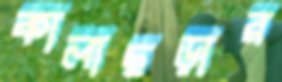
কালাছড়ার